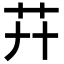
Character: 𦬠